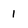
Character: 1